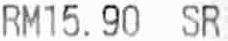
RM15.90 SR